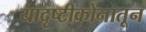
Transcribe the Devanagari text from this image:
यादृष्टीकोनातून